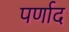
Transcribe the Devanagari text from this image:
पर्णाद